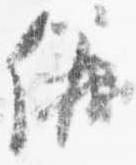
儀